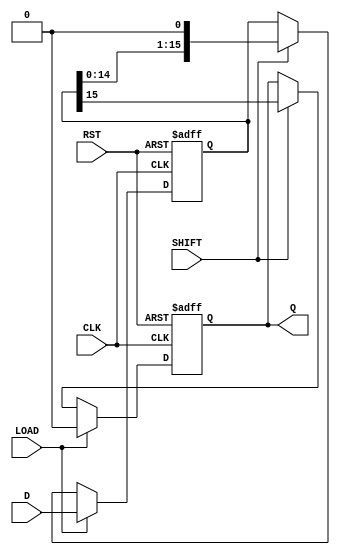
module PISO_Register (
    input wire [15:0] D,      // 16-bit parallel data input
    input wire LOAD,          // Load control signal
    input wire SHIFT,         // Shift control signal
    input wire CLK,           // Clock signal
    input wire RST,           // Asynchronous reset signal
    output reg Q              // Serial output
);

    reg [15:0] shift_reg;     // 16-bit shift register

    // Asynchronous reset and load/shift operation
    always @ (posedge CLK or posedge RST) begin
        if (RST) begin
            shift_reg <= 16'b0; // Clear the register on reset
            Q <= 1'b0;          // Clear the output
        end else if (LOAD) begin
            shift_reg <= D;     // Load the data into the shift register
            Q <= 1'b0;          // Reset output when loading
        end else if (SHIFT) begin
            Q <= shift_reg[15]; // Output the MSB of the shift register
            shift_reg <= {shift_reg[14:0], 1'b0}; // Shift right
        end
    end

endmodule